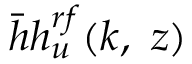
\bar { h } h _ { u } ^ { r f } ( k , ~ z )